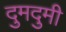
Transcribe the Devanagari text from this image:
दुमदुमी